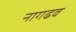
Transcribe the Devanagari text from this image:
नागढव